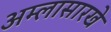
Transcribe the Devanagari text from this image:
अम्लासारखे